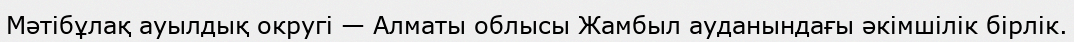
Мәтібұлақ ауылдық округі — Алматы облысы Жамбыл ауданындағы әкімшілік бірлік.